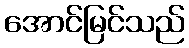
အောင်မြင်သည်